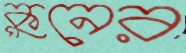
কুনের